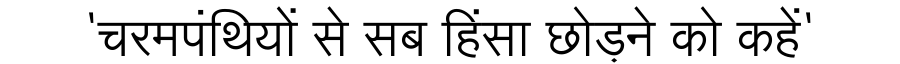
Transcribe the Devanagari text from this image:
'चरमपंथियों से सब हिंसा छोड़ने को कहें'